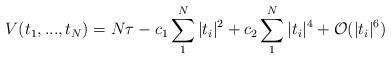
LaTeX: \begin{align*}V(t_1,..., t_N) = N\tau - c_1 \sum_1^N |t_i|^2 +c_2 \sum_1^N |t_i|^4 + {\cal{O}}(|t_i|^6)\end{align*}